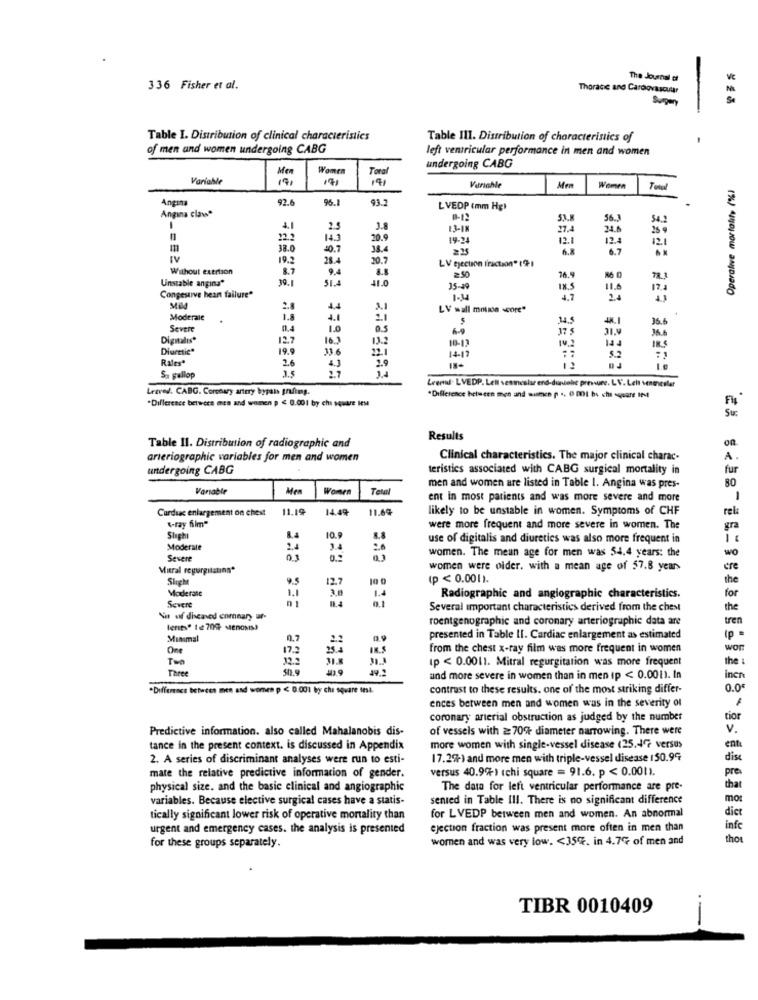
The Journal of
336 Fisher et al.
Thorace and Cardiovascular
Sugen
Table I. Distribution of clinical characteristics
Table III. Distribution of characteristics of
of men and women undergoing CABG
left ventricular performance in men and women
Me
Women
Tora
undergoing CABG
Variable
19,
17,
Operative mortality (%)
Variable
Women
Angina
92.6
96.1
93.2
Angina clave
L VEDP (mm Hg)
56_
54.2
4.1
2.5
13-18
27.4
34.6
12.2
14.3
20.9
19-24
12.1
125
121
38.0
40.7
38.4
2,35
6.8
IV
19.5
28.
20.7
LV ejection fraction" 1%1
Without exertion
8.7
9.4
8.8
Unstable angina"
19.1
16.9
15-49
18.5
11.6
17.4
Congesave hean failure"
4.7
1.4
2.
44
LV wall mouse score"
Moderale
1.8
4.1
2.1
14.5
4.1
Severe
0.4
1.0
6.9
36.6
Digitalis*
12.7
16]
13.2
10-13
10. 2
31.9
36.6
Diuretic*
19.9
33.6
22.1
14-1
Rales*
2.6
2.9
5.2
2.7
12
Sa Fellop
Lesved. CABG. Coronary artery bypass grafimg.
Leern. LVEDP. Leil vesteslae end-duriolic preswne. L V. Leha veneneslar
"Difference between men and women p < 0.001 by chi square Ies
"Difference between men and wumen p ., 0 001 bs che square IN
Results
Table Il. Distribution of radiographic and
arteriographic variables for men and women
Clinical characteristics. The major clinical charac-
A.
undergoing CABG
teristics associated with CABG surgical mortality in
fur
80
Variable
Men
Women
Tell
men and women are listed in Table I. Angina was pres-
ent In most patients and was more severe and more
Curduac enlargement on chest
11.19
14.49
11.69
likely to be unstable in women. Symptoms of CHF
rela
"-ray film"
were more frequent and more severe in women. The
gra
Slaghi
10.9
use of digitalis and diuretics was also more frequent in
Moderate
3.4
women. The mean age for men was 54.4 years: the
wo
Severe
0.1
Mitral regurgitatınn*
women were older. with a mean age of 57.8 years
cre
Slight
12.7
(p < 0.001).
the
Moderate
for
Severe
1.1
01
3.0
1.
Radiographic and angiographic characteristics.
Several important characteristics derived from the chest
the
Va uf discaved comnary ur-
roentgenographic and coronary arteriographic data are
tren
teres" 12 709 stenosis)
Minimal
0.7
presented in Table II. Cardiac enlargement as estimated
(p .
One
17. 2
from the chest x-ray film was more frequent in women
wor
Two
32.2
31.8
Ip < 0.0011. Mitral regurgitation was more frequent
the
and more severe in women than in men ip < 0.0011. In
incre
*Difference between men and women p < 0.001 by che square test.
contrast to these results. one of the most striking differ-
0.0€
ences between men and women was in the severity of
coronary arterial obstruction as judged by the number
tior
Predictive information. also called Mahalanobis dis-
of vessels with 270% diameter narrowing. There were
v.
tance in the present context. is discussed in Appendix
more women with single-vessel disease (25.47 versus
ente
2. A series of discriminant analyses were run to esti-
17.2%) and more men with triple-vessel disease 150.99
disc
versus 40.9%) (chi square = 91.6. p < 0.0001.
pre
mate the relative predictive information of gender.
physical size. and the basic clinical and angiographic
The data for left ventricular performance are pre-
that
variables. Because elective surgical cases have a statis-
sented in Table III. There is no significant difference
mot
dict
tically significant lower risk of operative mortality than
for LVEDP between men and women. An abnormal
urgent and emergency cases. the analysis is presented
ejection fraction was present more often in men than
infe
wornen and was very low. < 35%. in 4.7% of men and
thor
for these groups separately.
TIBR 0010409
.-